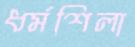
ধর্মশিলা